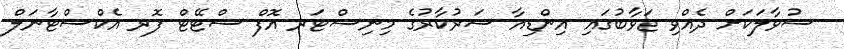
ސުވާލަކަށް ދެއްވި ޖަވާބުގައި އިންޑިއާ ސަރުކާރުގެ މިނިސްޓަރ އޮފް ސްޓޭޓް ފޮރ އެކްސްޓާނަލް